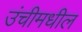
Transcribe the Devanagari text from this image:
उंचीमधील